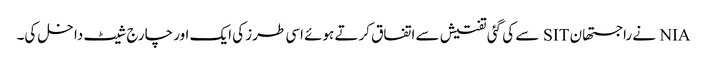
NIA نے راجستھان SIT سے کی گئی تفتیش سے اتفاق کرتے ہوئے اسی طرز کی ایک اور چارج شیٹ داخل کی۔